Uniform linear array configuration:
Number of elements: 12
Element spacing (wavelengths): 0.25
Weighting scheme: hamming
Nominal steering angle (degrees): -60
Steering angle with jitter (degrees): -60.639
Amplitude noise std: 0.05
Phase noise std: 0.05

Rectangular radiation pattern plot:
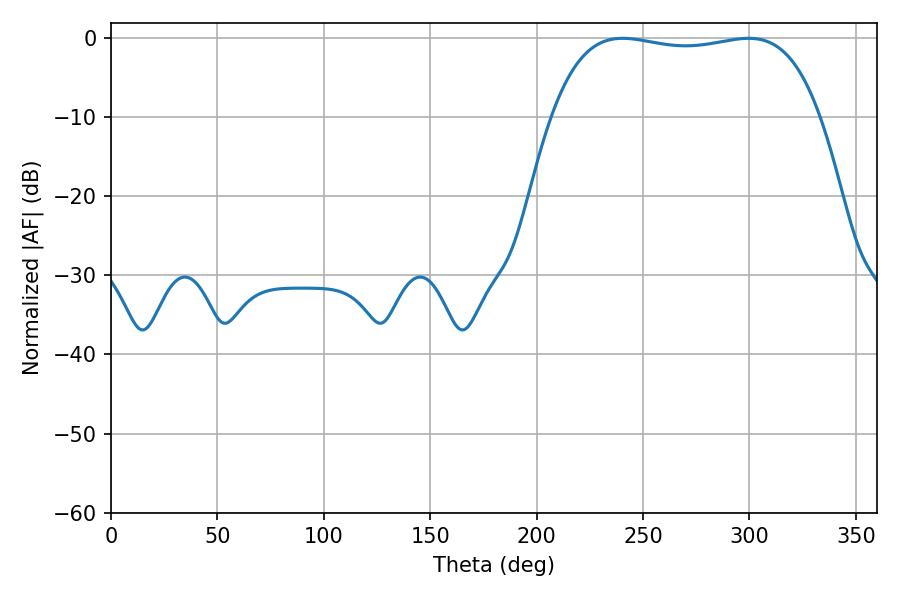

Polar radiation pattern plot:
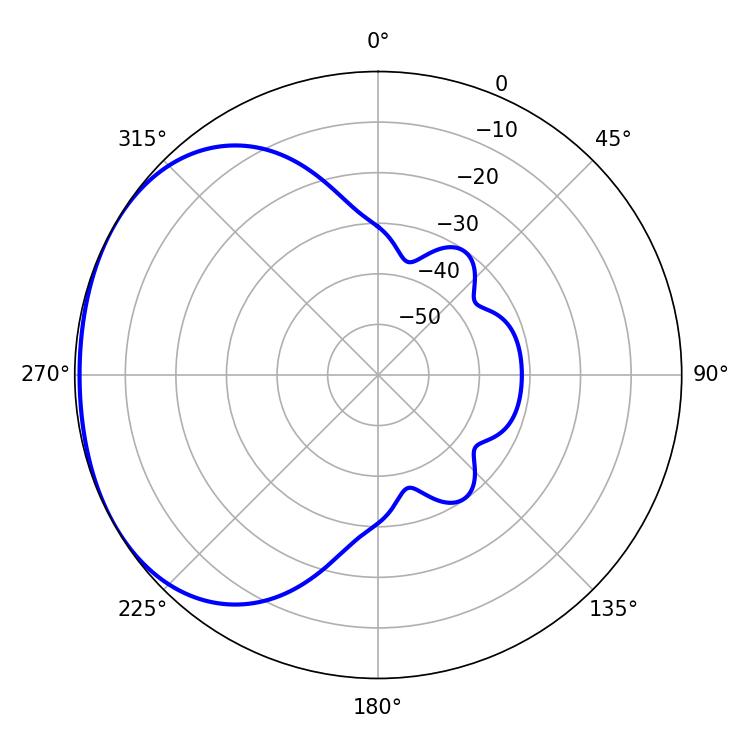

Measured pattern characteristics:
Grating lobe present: FALSE
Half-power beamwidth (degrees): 100.8
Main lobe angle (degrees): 240.48